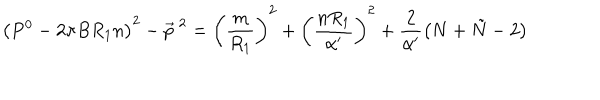
\left( P ^ { 0 } - 2 \pi B R _ { 1 } n \right) ^ { 2 } - { \vec { p } } ^ { ~ 2 } = \left( \frac { m } { R _ { 1 } } \right) ^ { 2 } + \left( \frac { n R _ { 1 } } { \alpha ^ { \prime } } \right) ^ { 2 } + \frac { 2 } { \alpha ^ { \prime } } \left( N + \tilde { N } - 2 \right)